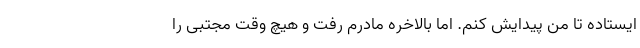
ایستاده تا من پیدایش کنم. اما بالاخره مادرم رفت و هیچ وقت مجتبی را